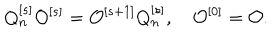
Q _ { n } ^ { [ s ] } { \cal O } ^ { [ s ] } = { \cal O } ^ { [ s + 1 ] } Q _ { n } ^ { [ s ] } , \quad { \cal O } ^ { [ 0 ] } = { \cal O } .